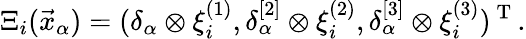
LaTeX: \Xi_{i}(\vec{x}_{\alpha})=(\delta_{\alpha}\otimes\xi_{i}^{(1)},\delta_{\alpha}^{[2]}\otimes\xi_{i}^{(2)},\delta_{\alpha}^{[3]}\otimes\xi_{i}^{(3)})^{\mathrm{~T~}}.